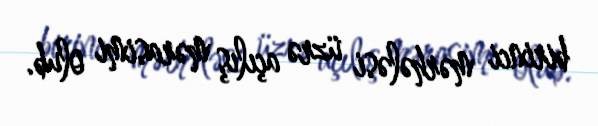
birinci mərhələsi üzrə açılış mərasimi olub.